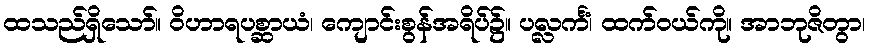
ထသည်ရှိသော်။ ဝိဟာရပစ္ဆာယံ၊ ကျောင်းစွန်အရိပ်၌။ ပလ္လင်္ကံ၊ ထက်ဝယ်ကို။ အာဘုဇိတွာ၊